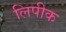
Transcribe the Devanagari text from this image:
लिपीक